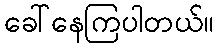
ခေါ်နေကြပါတယ်။